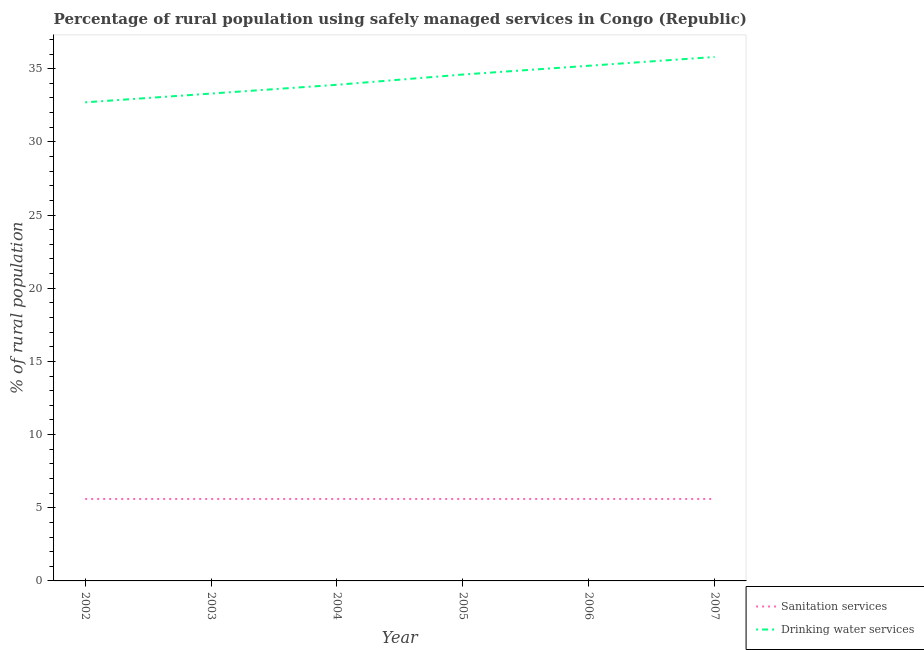
| Year | Sanitation services | Drinking water services |
 | --- | --- | --- |
 | 2002 | 5.6 | 32.7 |
 | 2003 | 5.6 | 33.3 |
 | 2004 | 5.6 | 33.9 |
 | 2005 | 5.6 | 34.6 |
 | 2006 | 5.6 | 35.2 |
 | 2007 | 5.6 | 35.8 |